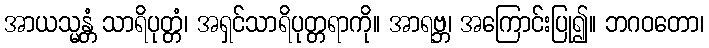
အာယသ္မန္တံ သာရိပုတ္တံ၊ အရှင်သာရိပုတ္တရာကို။ အာရဗ္ဘ၊ အကြောင်းပြု၍။ ဘဂဝတော၊